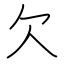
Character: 欠